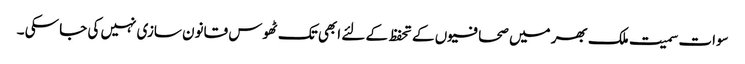
سوات سمیت ملک بھر میں صحافیوں کے تحفظ کے لئے ابھی تک ٹھوس قانون سازی نہیں کی جا سکی ۔